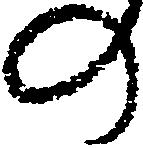
の